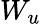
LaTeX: W_{u}